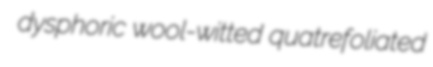
dysphoric wool-witted quatrefoliated